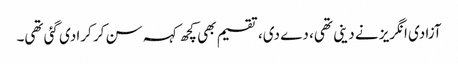
آزادی انگریز نے دینی تھی، دے دی، تقسیم بھی کچھ کہہ سن کر کرا دی گئی تھی۔